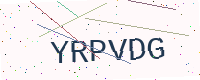
Text: YRPVDG